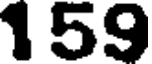
159